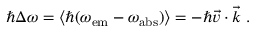
\hbar \Delta \omega = \langle \hbar ( \omega _ { \mathrm { e m } } - \omega _ { \mathrm { a b s } } ) \rangle = - \hbar \vec { v } \cdot \vec { k } \; .